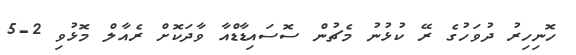
ހޮނިހިރު ދުވަހުގެ ރޭ ކުޅުނު މެޗުން ސޮސައިޑާޑްއާ ވާދަކޮށް ރެއާލް މޮޅުވި 2-5